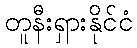
တူနီးရှားနိုင်ငံ